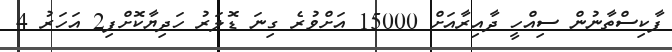
ޕާކިސްތާނުން ސިއްހީ ދާއިރާއަށް 15000 އަށްވުރެ ގިނަ ޑޮލަރު ހަދިޔާކޮށްފި2 އަހަރު 4